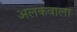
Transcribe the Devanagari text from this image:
अलकवाला